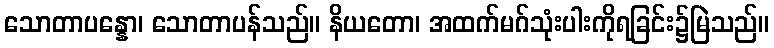
သောတာပန္နော၊ သောတာပန်သည်။ နိယတော၊ အထက်မဂ်သုံးပါးကိုရခြင်း၌မြဲသည်။